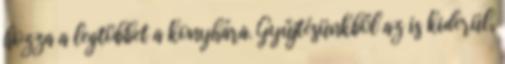
hozza a legtöbbet a konyhára. Gyűjtésünkből az is kiderül,